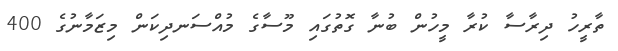
ތާރީހު ދިރާސާ ކުރާ މީހުން ބުނާ ގޮތުގައި މޫސާގެ މުއްސަނދިކަން މިޒަމާނުގެ 400